Leaving Certificate Examination (including Day School Certificate (Higher) General paper), 1928
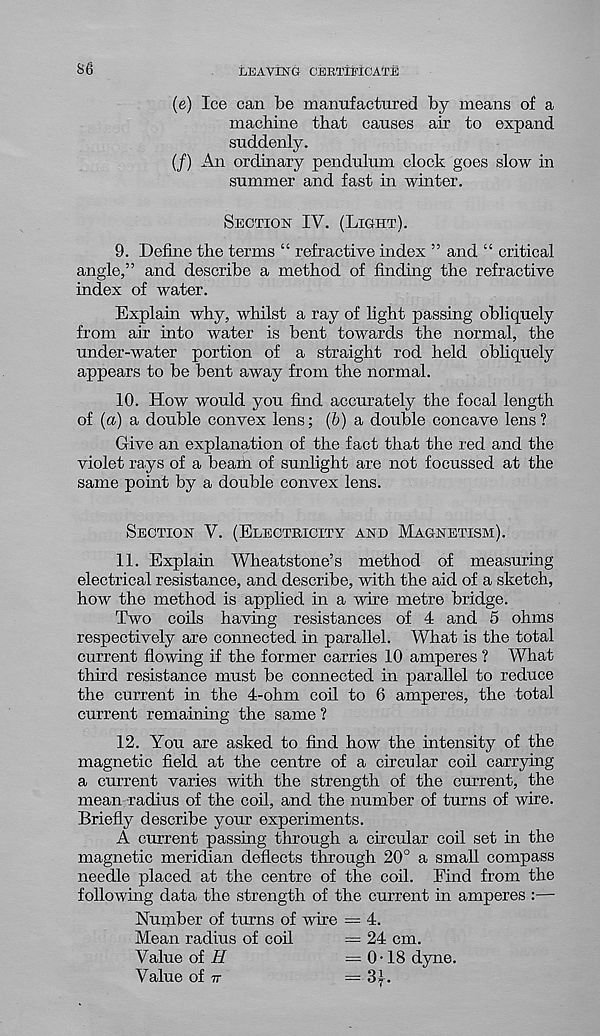
86
LEAVING CERTIFICATE
(e) Ice can be manufactured by means of a
machine that causes air to expand
suddenly.
(/) An ordinary pendulum clock goes slow in
summer and fast in winter.
Section IV. (Light).
9. Define the terms “ refractive index ” and “ critical
angle,” and describe a method of finding the refractive
index of water.
Explain why, whilst a ray of light passing obliquely
from air into water is bent towards the normal, the
under-water portion of a straight rod held obliquely
appears to be bent away from the normal.
10. How would you find accurately the focal length
of {a) a double convex lens; (6) a double concave lens ?
Give an explanation of the fact that the red and the
violet rays of a beam of sunlight are not focussed at the
same point by a double convex lens.
Section V. (Electricity and Magnetism).
11. Explain Wheatstone’s method of measuring
electrical resistance, and describe, with the aid of a sketch,
how the method is applied in a wire metre bridge.
Two coils having resistances of 4 and 5 ohms
respectively are connected in parallel. What is the total
current flowing if the former carries 10 amperes ? What
third resistance must be connected in parallel to reduce
the current in the 4-ohm coil to 6 amperes, the total
current remaining the same ?
12. You are asked to find how the intensity of the
magnetic field at the centre of a circular coil carrying
a current varies with the strength of the current, the
mean radius of the coil, and the number of turns of wire.
Briefly describe your experiments.
A current passing through a circular coil set in the
magnetic meridian deflects through 20° a small compass
needle placed at the centre of the coil. Find from the
following data the strength of the current in amperes :—
Number of turns of wire = 4.
Mean radius of coil
= 24 cm.
Value of H
=0-18 dyne.
Value of 7T
— 3^.